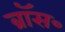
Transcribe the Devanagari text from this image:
ब्रॉस॰